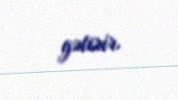
gətirir.